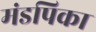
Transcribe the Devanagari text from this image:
मंडपिका